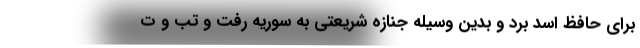
برای حافظ اسد برد و بدین وسیله جنازه شریعتی به سوریه رفت و تب و ت